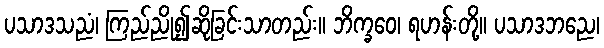
ပသာဒသညံ၊ ကြည်ညို၍ဆိုခြင်းသာတည်း။ ဘိက္ခဝေ၊ ရဟန်းတို့။ ပသာဒဘညေ၊